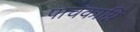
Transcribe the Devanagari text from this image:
पाचकाग्नि